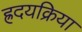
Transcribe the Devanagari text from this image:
ह्रदयक्रिया